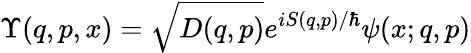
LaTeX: \Upsilon(q,p,x)=\sqrt{D(q,p)}e^{iS(q,p)/\hbar}\psi(x;q,p)